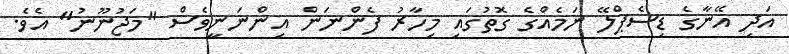
އަދި އޭނާގެ ޑިސެޕްލޭ ނަމެއްގެ ގޮތުގައި މިހާރު ފެންނަން އިންނަނީވެސް "މަޖުނޫނު" އެވެ.